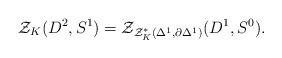
LaTeX: \begin{align*}\mathcal{Z}_K (D^2,S^1) = \mathcal{Z}_{\mathcal{Z}^*_K (\Delta^1, \partial \Delta^1)} (D^1, S^0) .\end{align*}